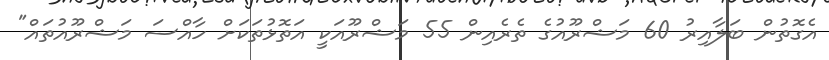
އެގޮތުން ބަލާއިރު 60 މަޝްރޫއުގެ ތެރެއިން 55 މަޝްރޫއަކީ އަތޮޅުތަކަށް ހާއްސަ މަޝްރޫއުތައް"